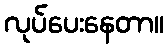
လုပ်ပေးနေတာ။